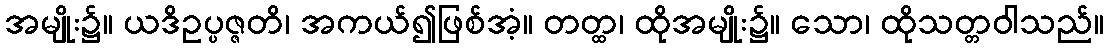
အမျိုး၌။ ယဒိဥပ္ပဇ္ဇတိ၊ အကယ်၍ဖြစ်အံ့။ တတ္ထ၊ ထိုအမျိုး၌။ သော၊ ထိုသတ္တဝါသည်။